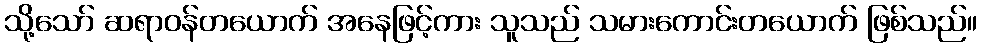
သို့သော် ဆရာဝန်တယောက် အနေဖြင့်ကား သူသည် သမားကောင်းတယောက် ဖြစ်သည်။